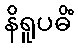
နိရူပဓိံ